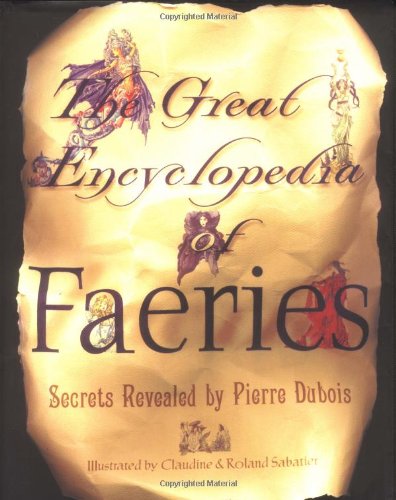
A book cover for The Great Encyclopedia Of Faeries; Pierre Dubois; Reference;